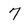
Character: 7